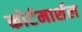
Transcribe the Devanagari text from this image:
कोर्टमार्शल